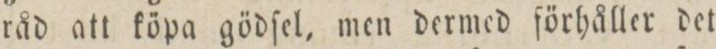
råd att köpa gödſel, men dermed förhåller det